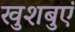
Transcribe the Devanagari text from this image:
खुशबुएं